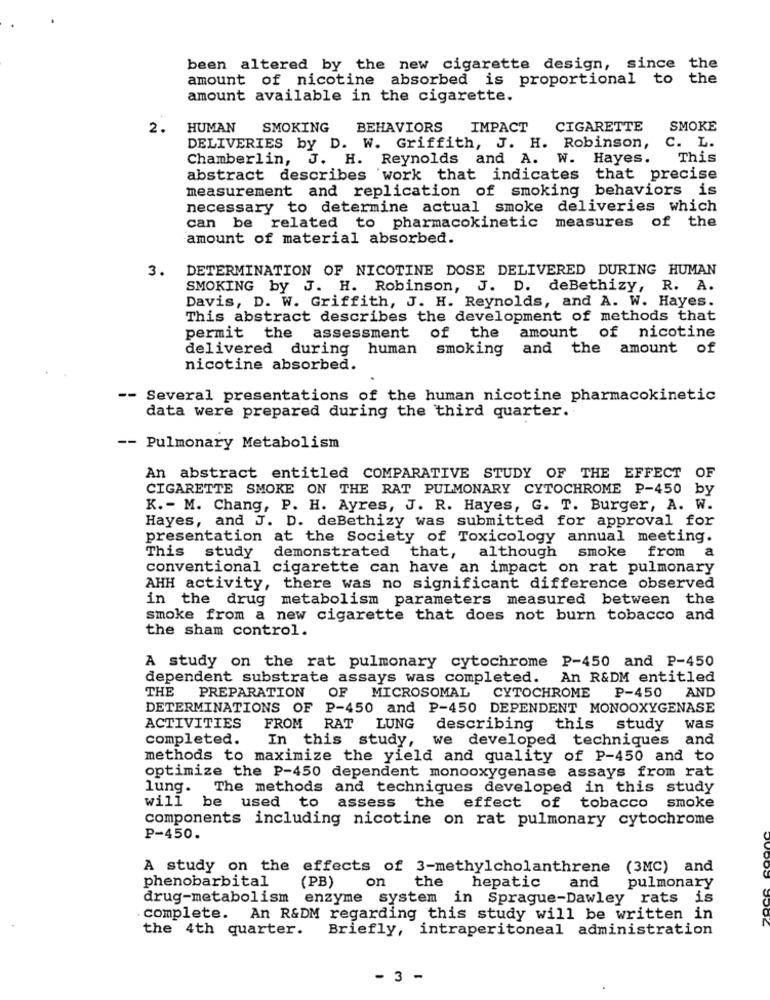
been altered by the new cigarette design, since the
amount of nicotine absorbed is proportional to the
amount available in the cigarette.
2.
HUMAN SMOKING
BEHAVIORS
IMPACT
CIGARETTE
SMOKE
DELIVERIES by D. W. Griffith, J. H. Robinson, C. L.
Chamberlin, J. H. Reynolds and A. W. Hayes.
This
abstract describes work that indicates that precise
measurement and replication of smoking behaviors is
necessary to determine actual smoke deliveries which
can be related to pharmacokinetic measures of the
amount of material absorbed.
3. DETERMINATION OF NICOTINE DOSE DELIVERED DURING HUMAN
SMOKING by J. H. Robinson, J. D. deBethizy, R. A.
Davis, D. W. Griffith, J. H. Reynolds, and A. W. Hayes.
This abstract describes the development of methods that
amount of nicotine
permit the assessment of the
delivered during
human smoking and the amount of
nicotine absorbed.
-- Several presentations of the human nicotine pharmacokinetic
data were prepared during the third quarter.
-- Pulmonary Metabolism
An abstract entitled COMPARATIVE STUDY OF THE EFFECT OF
CIGARETTE SMOKE ON THE RAT PULMONARY CYTOCHROME P-450 by
K. - M. Chang, P. H. Ayres, J. R. Hayes, G. T. Burger, A. W.
Hayes, and J. D. deBethizy was submitted for approval for
presentation at the Society of Toxicology annual meeting.
This
study demonstrated
that, although
smoke from a
conventional cigarette can have an impact on rat pulmonary
AHH activity, there was no significant difference observed
in the drug metabolism parameters measured between the
smoke from a new cigarette that does not burn tobacco and
the sham control.
A study on the rat pulmonary cytochrome P-450 and P-450
dependent substrate assays was completed. An R&DM entitled
THE
PREPARATION
CYTOCHROME
P-450
AND
OF MICROSOMAL
DETERMINATIONS OF P-450 and P-450 DEPENDENT MONOOXYGENASE
ACTIVITIES
FROM RAT LUNG
describing
this study
was
completed.
In this study,
we developed techniques and
methods to maximize the yield and quality of P-450 and to
optimize the P-450 dependent monooxygenase assays from rat
lung. The methods and techniques developed in this study
will be used to
assess the effect of tobacco smoke
components including nicotine on rat pulmonary cytochrome
P-450.
A study on the effects of 3-methylcholanthrene (3MC) and
phenobarbital
(PB)
on
the
hepatic
and
pulmonary
drug-metabolism enzyme system in Sprague-Dawley rats
is
. complete. An R&DM regarding this study will be written in
the 4th quarter.
Briefly, intraperitoneal administration
- 3 -